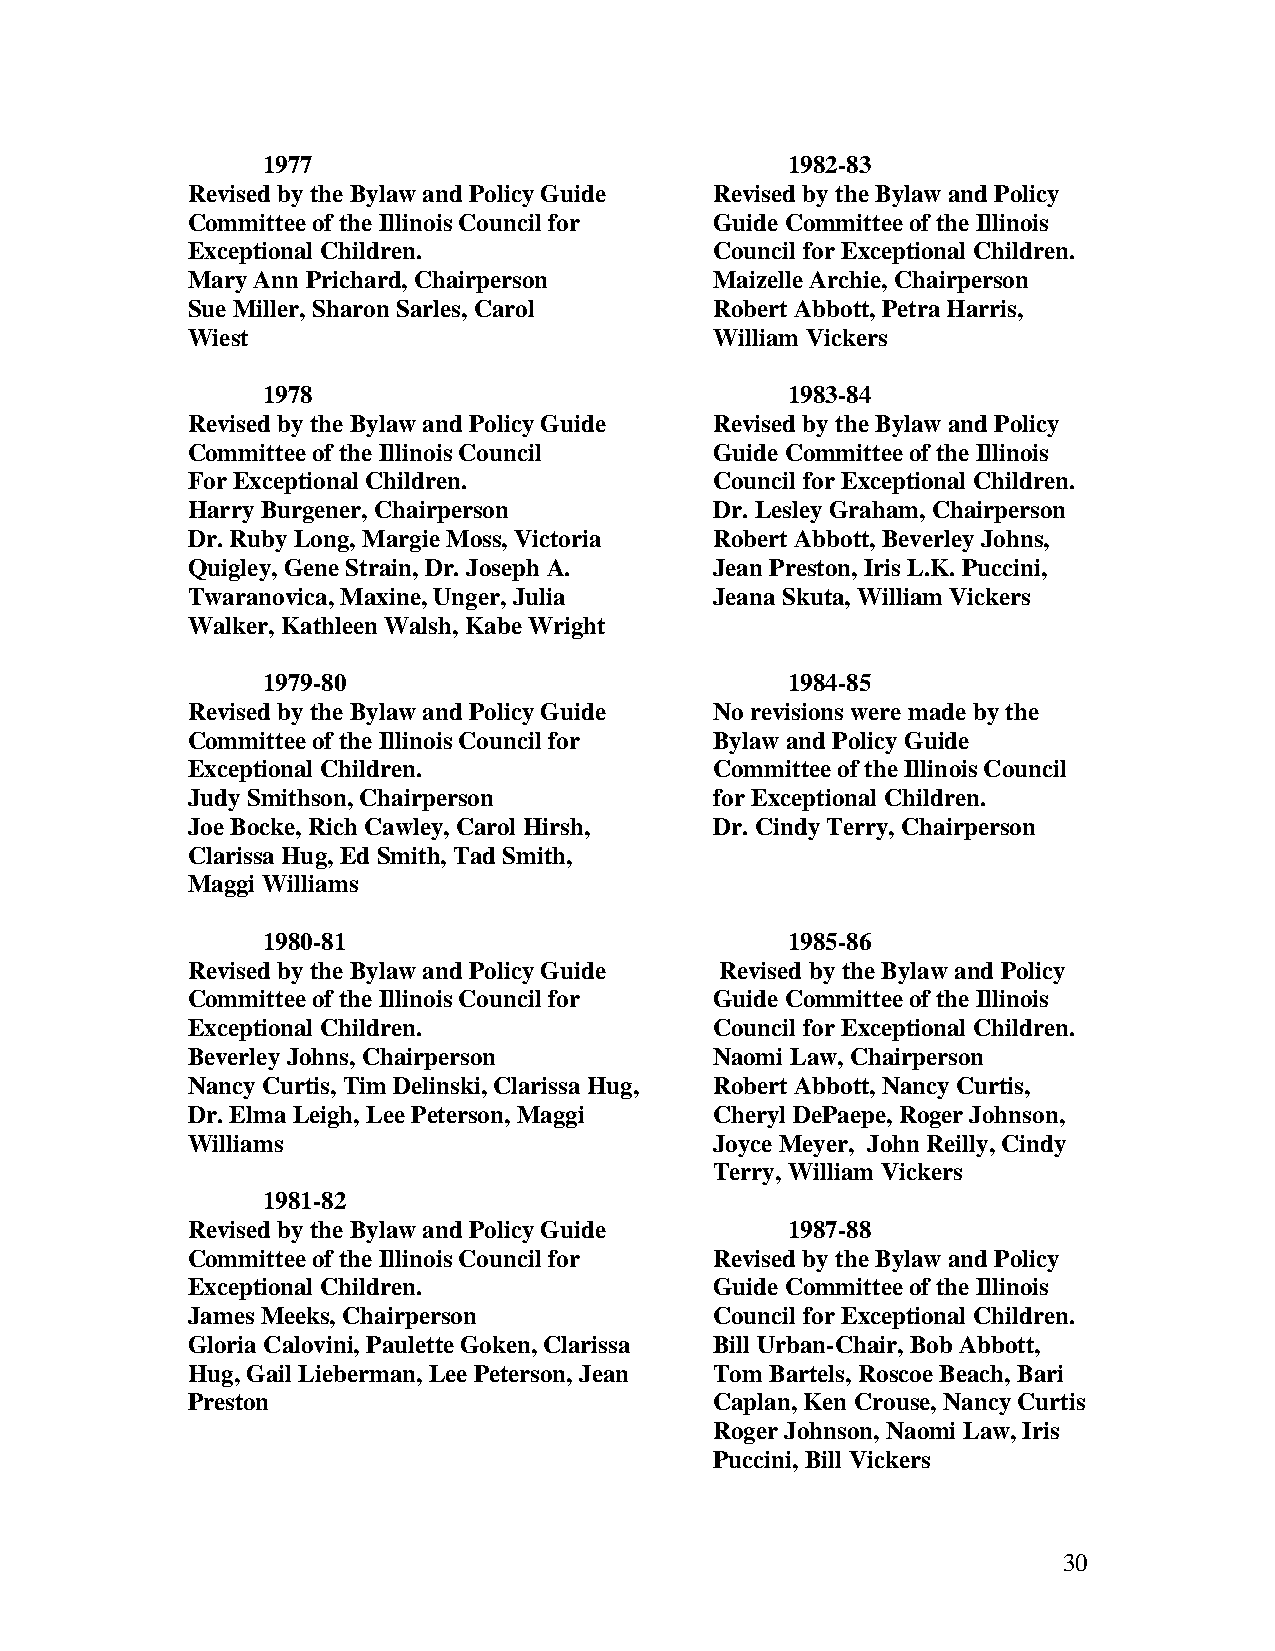
1977                               1982-83
 Revised by the Bylaw and Policy Guide Revised by the Bylaw and Policy
 Committee of the Illinois Council for Guide Committee of the Illinois
 Exceptional Children.              Council for Exceptional Children.
 Mary Ann Prichard, Chairperson     Maizelle Archie, Chairperson
 Sue Miller, Sharon Sarles, Carol   Robert Abbott, Petra Harris,
 Wiest                              William Vickers
 1978                               1983-84
 Revised by the Bylaw and Policy Guide Revised by the Bylaw and Policy
 Committee of the Illinois Council  Guide Committee of the Illinois
 For Exceptional Children.          Council for Exceptional Children.
 Harry Burgener, Chairperson        Dr. Lesley Graham, Chairperson
 Dr. Ruby Long, Margie Moss, Victoria Robert Abbott, Beverley Johns,
 Quigley, Gene Strain, Dr. Joseph A. Jean Preston, Iris L.K. Puccini,
 Twaranovica, Maxine, Unger, Julia  Jeana Skuta, William Vickers
 Walker, Kathleen Walsh, Kabe Wright
 1979-80                            1984-85
 Revised by the Bylaw and Policy Guide No revisions were made by the
 Committee of the Illinois Council for Bylaw and Policy Guide
 Exceptional Children.              Committee of the Illinois Council
 Judy Smithson, Chairperson         for Exceptional Children.
 Joe Bocke, Rich Cawley, Carol Hirsh, Dr. Cindy Terry, Chairperson
 Clarissa Hug, Ed Smith, Tad Smith,
 Maggi Williams
 1980-81                            1985-86
 Revised by the Bylaw and Policy Guide Revised by the Bylaw and Policy
 Committee of the Illinois Council for Guide Committee of the Illinois
 Exceptional Children.              Council for Exceptional Children.
 Beverley Johns, Chairperson        Naomi Law, Chairperson
 Nancy Curtis, Tim Delinski, Clarissa Hug, Robert Abbott, Nancy Curtis,
 Dr. Elma Leigh, Lee Peterson, Maggi Cheryl DePaepe, Roger Johnson,
 Williams                           Joyce Meyer, John Reilly, Cindy
 Terry, William Vickers
 1981-82
 Revised by the Bylaw and Policy Guide   1987-88
 Committee of the Illinois Council for Revised by the Bylaw and Policy
 Exceptional Children.              Guide Committee of the Illinois
 James Meeks, Chairperson           Council for Exceptional Children.
 Gloria Calovini, Paulette Goken, Clarissa Bill Urban-Chair, Bob Abbott,
 Hug, Gail Lieberman, Lee Peterson, Jean Tom Bartels, Roscoe Beach, Bari
 Preston                            Caplan, Ken Crouse, Nancy Curtis
 Roger Johnson, Naomi Law, Iris
 Puccini, Bill Vickers
 30